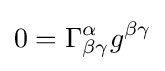
0=\Gamma _{\beta \gamma }^{\alpha }g^{\beta \gamma }